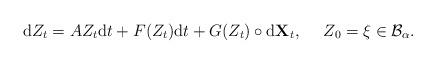
LaTeX: \begin{align*}\mathrm{d}Z_t=AZ_t\mathrm{d}t+F(Z_t)\mathrm{d}t+G(Z_t)\circ\mathrm{d}\mathbf{X}_t, \ \ \ \ Z_{0}=\xi\in \mathcal{B}_{\alpha}.\end{align*}